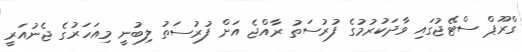
ގްރޫޕް ސްޓޭޖުގައި ވާދަކުރުމުގެ ފުރުސަތު ރާއްޖެ އަށް ފުރުސަތު ލިބުނީ މިއަހަރުގެ ޖެނުއަރީ